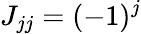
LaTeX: J_{jj}=(-1)^{j}